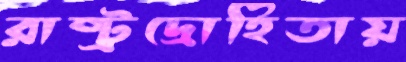
রাষ্ট্রদ্রোহিতায়